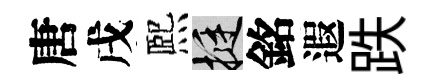
唐戌熈挺銘遐跌